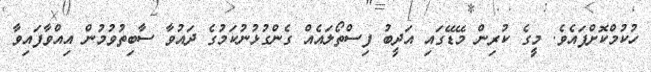
ހުކުމްކޮށްފައެވެ. މީގެ ކުރިން މޭޑޭގައި އަދީބު ފިސްތޯލައެއް ގެންގުޅުނުކަމުގެ ދައުވާ ސާބިތުވުމުން އިއްވާފައިވާ